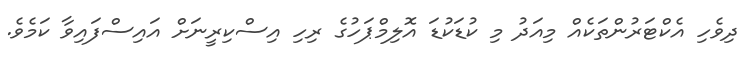
ދިވެހި އެކްޓަރުންތަކެއް މިއަދު މި ކުޑަކުޑަ އޮލިމްޕަހުގެ ރިހި އިސްކިރީނަށް އައިސްފައިވާ ކަމެވެ.